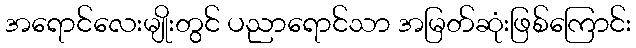
အရောင်လေးမျိုးတွင် ပညာရောင်သာ အမြတ်ဆုံးဖြစ်ကြောင်း